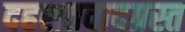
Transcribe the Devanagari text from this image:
दहशतवादग्रस्त